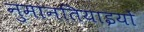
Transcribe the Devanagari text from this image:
नुमानतियाइयों